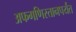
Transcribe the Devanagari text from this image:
अफगणिस्तानपर्यंत